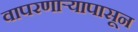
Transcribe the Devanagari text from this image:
वापरणार्‍यापासून